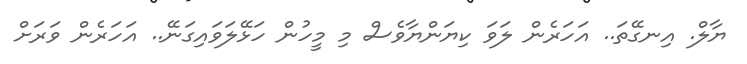
ޔާލް. އިނގޭތަ.. އަހަރެން ލަވަ ކިޔަންޔާވެސް މި މީހުން ހަޅޭލަވައިގަނޭ.. އަހަރެން ވަރަށް